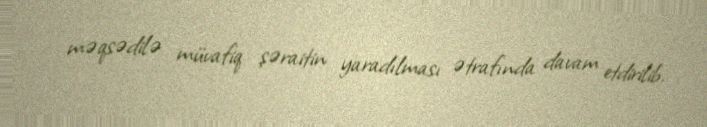
məqsədilə müvafiq şəraitin yaradılması ətrafında davam etdirilib.